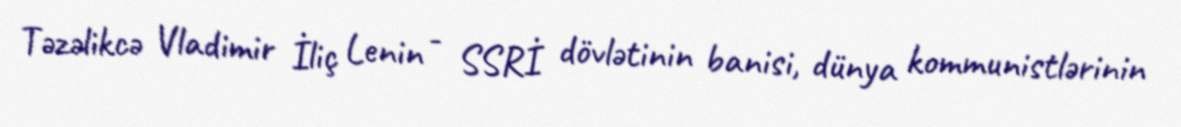
Təzəlikcə Vladimir İliç Lenin - SSRİ dövlətinin banisi, dünya kommunistlərinin